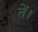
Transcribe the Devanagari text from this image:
तें।